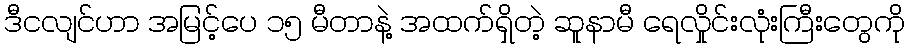
ဒီငလျင်ဟာ အမြင့်ပေ ၁၅ မီတာနဲ့ အထက်ရှိတဲ့ ဆူနာမီ ရေလှိုင်းလုံးကြီးတွေကို